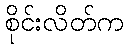
စိုင်းလိတ်က